King Institute of Preventive Medicine Micro-Biological Section reports 1912-19
Year: 1912
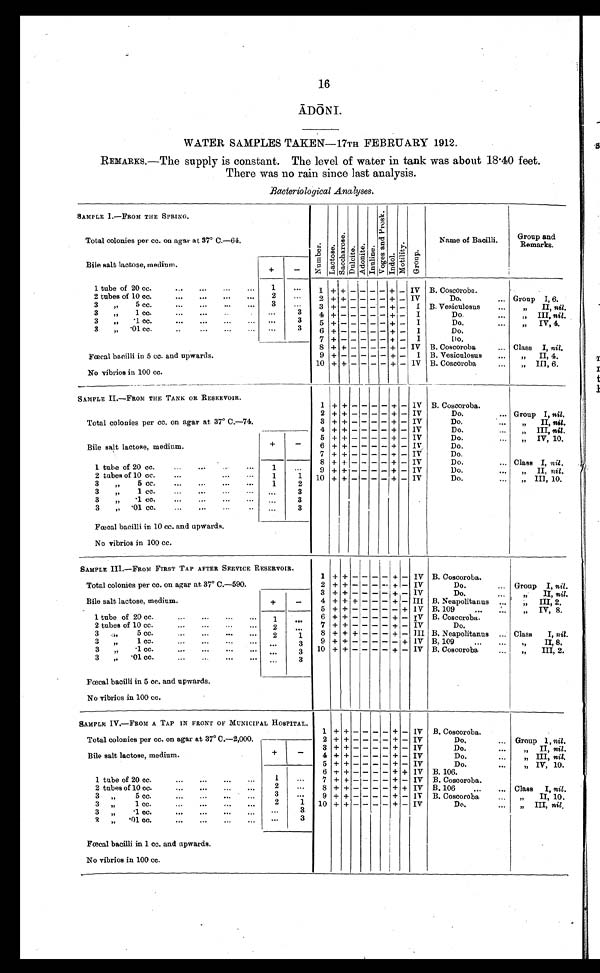
16
Ā DŌ NI.
WATER SAMPLES TAKEN—17TH FEBRUARY 1912.
REMARKs.—The supply is constant. The level of water in tank was about 18.40 feet.
There was no rain since last analysis.
Bacteriological Analyses.
SAMPLE I.—FROM THE SPRING.
N u m b e r . L a c t o s e .
S a c c h a r o s e .
D u l c i t e . A d o n i t e . I n u l i n e .
V o g e s a n d P r o s k
.
I n d o l .
M o t i l i t y .
G r o u p .
Name of Bacilli.
Group and
Remarks.
Total colonies per cc. on agar at 37° C.—64.
Bile salt lactose, medium.
+
-
1 tube of 20 cc. . . .
1
. . .
1 + + - - - - + - IV B. Coscoroba.
2
. . .
2 tubes of 10 cc. . . .
2 + + - - - - + - IV
Do. . . . Group I, 6.
3 " 5 cc. . . .
3
. . . 3
+ -
- - - - + - I B. Vesiculosus . . .
"
II, nil.
3 " 1 cc. . . .
. . .
3
4 + -
- - - - + - I
Do. . . .
" III, nil.
. . .
3
3 " .1 cc. . . .
5 + -
- - - - + - I
Do. . . .
" IV, 4.
3 " .01 cc. . . .
. . .
3
6 + -
- - - - + - I
D o . . . .
7 +
- - - - + - I
D O . . . .
Fœcal bacilli in 5 cc. and upwards.
8 + + - - - - + - IV B. Coscoroba . . . Class I, nil.
9 + -
- - - - + - I B. Vesiculosus . . .
" II, 4.
10 + + - - - - + - IV B. Coscoroba . . .
" III, 6.
No vibrios in 100 cc.
SAMPLE II.—FROM THE TANK OR RESERVOIR.
1 + + - - - - + - IV B. Coscoroba.
Total colonies per cc. on agar at 37° C.—74.
2 + + - - - - + - IV
Do. . . .
Group I, nil.
3 + + - - - - + - IV
Do. . . .
"
II, nil.
4 + + - - - - + - IV
Do. . . .
" III, nil.
Bile salt lactose, medium.
+
-
5 + + - - - - + - IV
Do. . . .
" IV, 10.
6 + + - - - - + - IV
Do. . . .
7 + + - - - - + - I V
Do. . . .
1 t u b e o f 2 0 c c . . . .
1
. . .
8 + + - - - - + - IV
Do. . . .
Class I, nil.
9 + + - - - - + - IV
Do. . . .
" II, nil.
2 tubes of 10 cc. . . .
1
1 10 + + - - - - + - IV
Do. . . .
" I I I , 1 0 .
3 " 5 cc. . . .
1
2
3 " 1 cc. . . .
. . .
3
3 " .1 cc. . . .
. . .
3
3 ". 01 cc. . . .
. . .
3
Fœcal bacilli in 10 cc. and upwards.
No vibrios in 100 cc.
SAMPLE III.—FROM FIRST TAP AFTER SERVICE RESERVOIR.
Total colonies per cc. on agar at. 37° C.—590.
1 + + - - - - + - IV B. Coscoroba.
2 + + - - - - + - IV
Do. . . .
Group I, nil.
Bile salt lactose, medium.
+
-
3 + + - - - - + - IV
Do . . .
" I I ,
n i l .
4 + + + - - - + - III B. Neapolitanus . . .
" I I I ,
n i l .
5 + + - - - - - + IV B. 109 . . .
" IV, 8.
1 tube of 20 cc. . . .
1
. . .
6 + + - - - - + - IV B. Coscoroba.
2 tubes of 10 cc. . . .
7 + + - - - - + - IV
Do.
2
. . .
8 + + + - - - + - III B. Neapolitanus . . . Class I, nil.
3 " 5 cc. . . .
1
3 " 1 cc. . . .
9 + + - - - - - + IV B, 109 . . .
" I I , 8 .
. . .
3
3 " .1 cc. . . .
10 + + - - - - + - IV B. Coscoroba . . .
" I I I , 2 .
. . .
3
3 " .01 cc. . . .
. . .
3
Fœcal bacilli in 5 cc. and upwards.
No vibrios in 100 cc.
SAMPLE IV.—FROM A TAP IN FRONT OF MUNICIPAL HOSPITAL.
1 + +
-
- - - + - IV B. Coscoroba.
Total colonies per cc. on agar at 37° C.—2,000.
+
-
2 + + - - - - + - IV
Do. . . .
Group I , nil.
3 + + - - - - + - IV
Do. . . .
" II, nil.
Bile salt lactose, medium.
4 + + - - - - + - IV
Do. . . .
„ III, nil.
5 + + - - - - - + IV
Do. . . .
" IV, 10.
1 tube of 20 cc. . . .
1
. . .
6 + + - - - - + - IV B. 106.
7 + + - - - - + - IV B. Coscoroba.
2
. . .
2 tubes of 10 cc. . . .
8 + + - - - - + + IV B. 106 . . .
Class I, nil.
3
. . .
3 " 5 cc. . . .
9 + + - - - - + - IV B. Coscoroba . . .
" I I ,
1 0 .
1
2
3 " 1 cc. . . .
10 + + - - - - + - IV
Do. . . .
" III, nil.
3
. . .
3" .1 cc. . . .
3 " .01 cc. . . .
. . .
3
Fœcal bacilli in 1 cc. and upwards.
No vibrios in 100 cc.